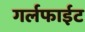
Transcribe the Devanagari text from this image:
गर्लफाईट